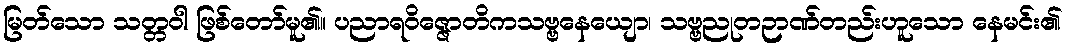
မြတ်သော သတ္တဝါ ဖြစ်တော်မူ၏။ ပညာရဝိဇ္ဇောတိကသဗ္ဗနေယျော၊ သဗ္ဗညုတဉာဏ်တည်းဟူသော နေမင်း၏